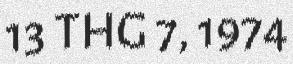
13 THG 7, 1974